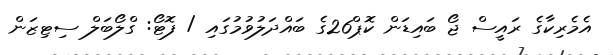
އެމެރިކާގެ ރައީސް ޖޯ ބައިޑަން ކޮޕް26ގެ ބައްދަލުވުމުގައި / ފޮޓޯ: ގްލޯބަލް ސިޓިޒަން